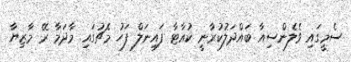
ސެމީގައި ވެލެންސިއާ ބައްދަލުކުރާނީ ކުއާޓާ ފައިނަލް ފަހު މެޗުގައި މާދަމާ ރޭ މާޒިޔާ